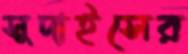
সুদাইসের